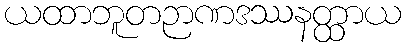
ယထာဘူတဉာဏဒဿနတ္ထာယ